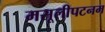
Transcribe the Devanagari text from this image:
मसूलीपटनम